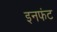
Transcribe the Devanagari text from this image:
इनफंट